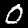
Label: 0